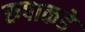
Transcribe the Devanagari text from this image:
रुपाकडे